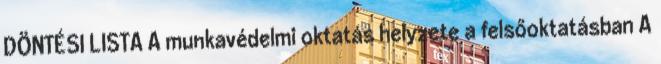
DÖNTÉSI LISTA A munkavédelmi oktatás helyzete a felsőoktatásban A